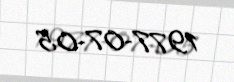
1977-07-05